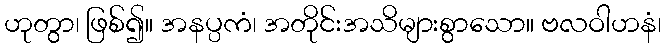
ဟုတွာ၊ ဖြစ်၍။ အနပ္ပကံ၊ အတိုင်းအသိများစွာသော။ ဗလဝါဟနံ၊